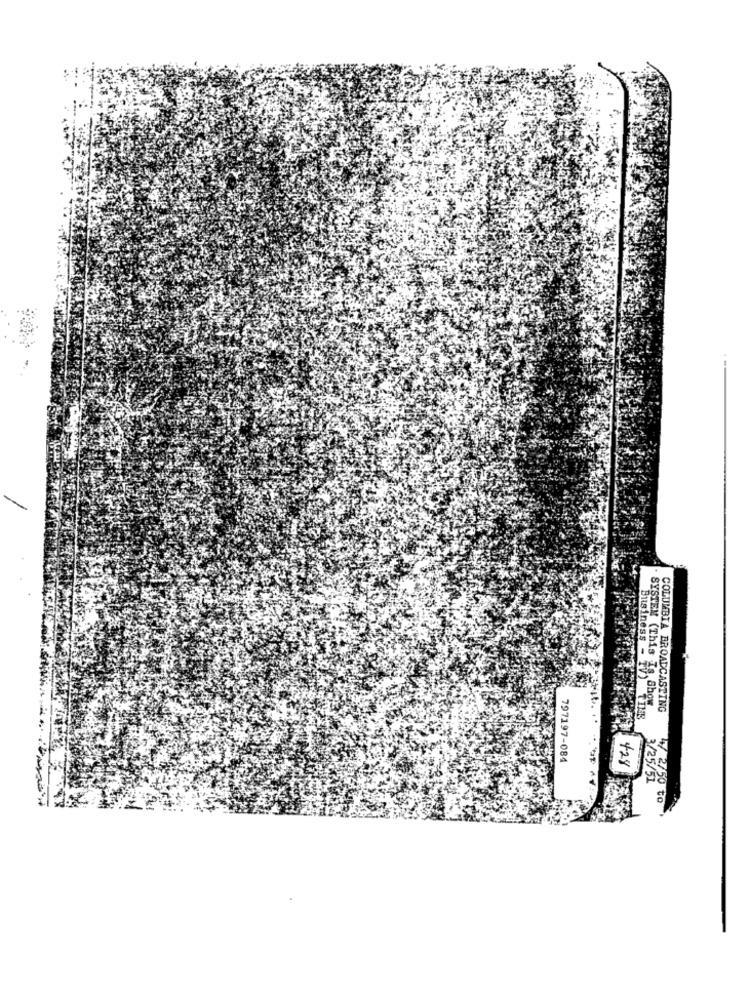
Business
SYSTEM (This Is, Shey
COLUMBIA BROADCASTING
797197-084
428
to